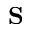
\mathbf { S }